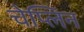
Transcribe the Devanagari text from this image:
चेप्लिन